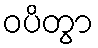
ဝပိတွာ